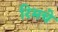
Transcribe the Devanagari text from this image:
रिमचे